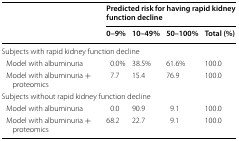
<table><thead><tr><td rowspan="2"></td><td colspan="4"><b>Predicted risk for having rapid kidney function decline</b></td></tr><tr><td><b>0–9%</b></td><td><b>10–49%</b></td><td><b>50–100%</b></td><td><b>Total (%)</b></td></tr></thead><tbody><tr><td colspan="5">Subjects with rapid kidney function decline</td></tr><tr><td> Model with albuminuria</td><td>0.0%</td><td>38.5%</td><td>61.6%</td><td>100.0</td></tr><tr><td> Model with albuminuria + proteomics</td><td>7.7</td><td>15.4</td><td>76.9</td><td>100.0</td></tr><tr><td colspan="5">Subjects without rapid kidney function decline</td></tr><tr><td> Model with albuminuria</td><td>0.0</td><td>90.9</td><td>9.1</td><td>100.0</td></tr><tr><td> Model with albuminuria + proteomics</td><td>68.2</td><td>22.7</td><td>9.1</td><td>100.0</td></tr></tbody></table>